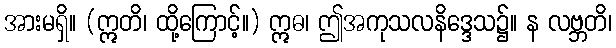
အားမရှိ။ (ဣတိ၊ ထို့ကြောင့်။) ဣဓ၊ ဤအကုသလနိဒ္ဒေသ၌။ န လဗ္ဘတိ၊